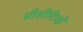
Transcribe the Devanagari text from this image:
सीसीटिव्ही